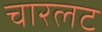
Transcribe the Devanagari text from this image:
चारलट